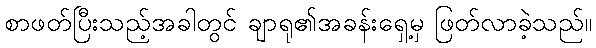
စာဖတ်ပြီးသည့်အခါတွင် ချာရု၏အခန်းရှေ့မှ ဖြတ်လာခဲ့သည်။